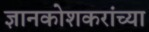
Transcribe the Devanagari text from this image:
ज्ञानकोशकरांच्या